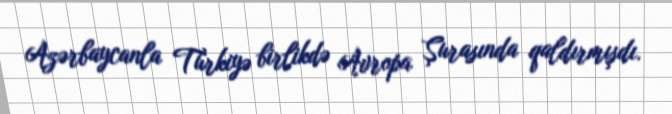
Azərbaycanla Türkiyə birlikdə Avropa Şurasında qaldırmışdı.